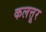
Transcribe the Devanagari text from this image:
कलत्तूर